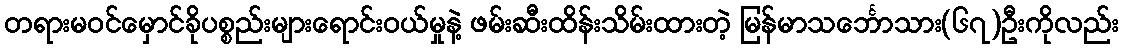
တရားမဝင်မှောင်ခိုပစ္စည်းများရောင်းဝယ်မှုနဲ့ ဖမ်းဆီးထိန်းသိမ်းထားတဲ့ မြန်မာသင်္ဘောသား(၆၇)ဦးကိုလည်း